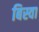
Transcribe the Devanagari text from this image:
बिस्‍वा